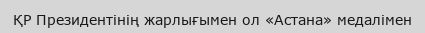
ҚР Президентінің жарлығымен ол «Астана» медалімен